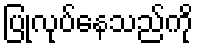
ပြုလုပ်နေသည်ကို